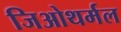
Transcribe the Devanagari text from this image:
जिओथर्मल